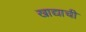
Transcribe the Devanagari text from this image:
खाद्याची